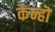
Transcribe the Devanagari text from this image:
केन्हॊ